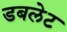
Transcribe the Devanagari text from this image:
डबलेट